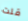
قلت